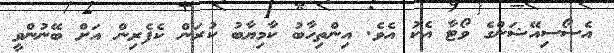
އެސޯސިއޭޝަންގެ ވޯޓާ އެކު އެވެ. އިންތިހާބު ކާމިޔާބު ކުރަން ކެފެރިން އަށް ބޭނުންވީ